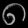
Digit: ၈